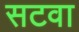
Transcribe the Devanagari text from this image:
सटवा